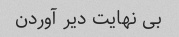
بی نهایت دیر آوردن